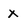
Character: x